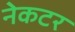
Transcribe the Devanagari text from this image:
नेकटर